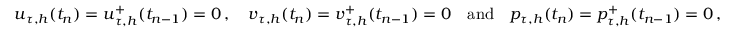
\boldsymbol u _ { \tau , h } ( t _ { n } ) = \boldsymbol u _ { \tau , h } ^ { + } ( t _ { n - 1 } ) = \boldsymbol 0 \, , \quad \boldsymbol v _ { \tau , h } ( t _ { n } ) = \boldsymbol v _ { \tau , h } ^ { + } ( t _ { n - 1 } ) = \boldsymbol 0 \quad \mathrm { a n d } \quad p _ { \tau , h } ( t _ { n } ) = p _ { \tau , h } ^ { + } ( t _ { n - 1 } ) = 0 \, ,